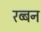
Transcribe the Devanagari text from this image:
रब्बन